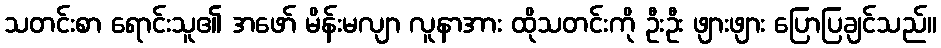
သတင်းစာ ရောင်းသူ၏ အဖော် မိန်းမလျာ လူနာအား ထိုသတင်းကို ဦးဦး ဖျားဖျား ပြောပြချင်သည်။